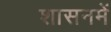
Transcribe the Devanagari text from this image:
शासनमें